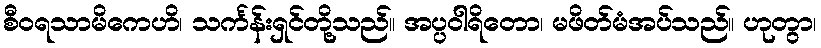
စီဝရသာမိကေဟိ၊ သင်္ကန်းရှင်တို့သည်။ အပ္ပဝါရိတော၊ မဖိတ်မံအပ်သည်။ ဟုတွာ၊